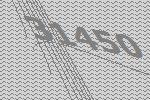
31450